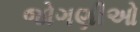
જોગણીઓ